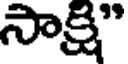
సాక్షి"